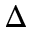
\Delta